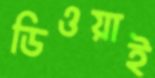
ডিওয়াই